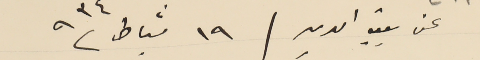
عن بيت الدين / ١٩ شباط ٩٣٤